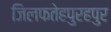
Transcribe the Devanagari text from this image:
जिलफतेहपुरहपुर